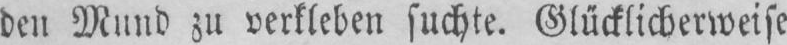
den Mund zu verkleben suchte. Glücklicherweise